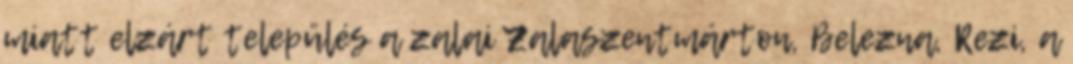
miatt elzárt település a zalai Zalaszentmárton, Belezna, Rezi, a